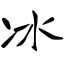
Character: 冰